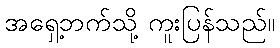
အရှေ့ဘက်သို့ ကူးပြန်သည်။